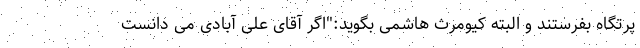
پرتگاه بفرستند و البته کیومرث هاشمی بگوید:"اگر آقای علی آبادی می دانست